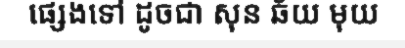
ផ្សេងទៅ ដូចជា សុន ឆ័យ មុយ